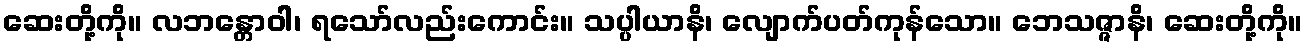
ဆေးတို့ကို။ လဘန္တောဝါ၊ ရသော်လည်းကောင်း။ သပ္ပါယာနိ၊ လျောက်ပတ်ကုန်သော။ ဘေသဇ္ဇာနိ၊ ဆေးတို့ကို။